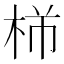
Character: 𪲍